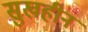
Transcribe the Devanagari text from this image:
सुखहीन